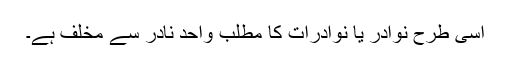
اسی طرح نوادر یا نوادرات کا مطلب واحد نادر سے مخلف ہے۔